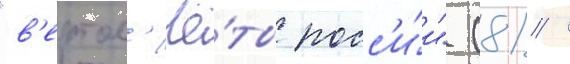
"в'ертол'ё́ты росс'и́и" (81 /